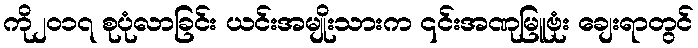
ကို၂၀၁၇ စုပုံလာခြင်း ယင်းအမျိုးသားက ၎င်းအဏုမြူဗုံး ချေးရာတွင်